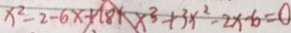
x ^ { 2 } - 2 - 6 x + 1 8 + x ^ { 3 } + 3 x ^ { 2 } - 2 x - 6 = 0